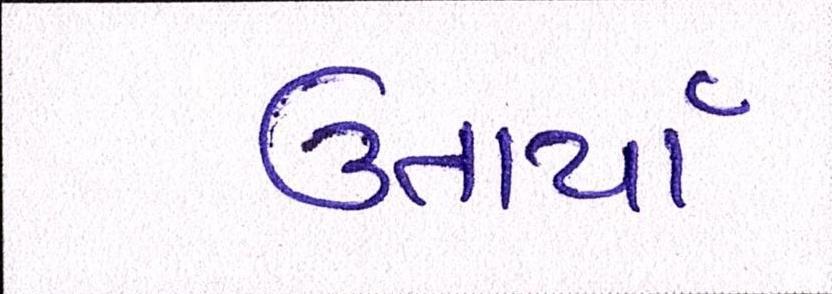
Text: ઉતાર્યા